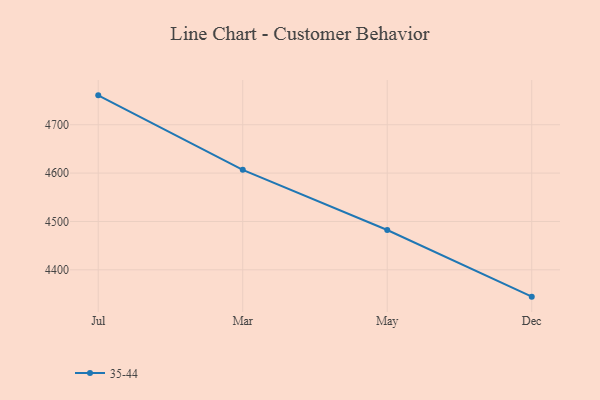
{"axis": {"x": "Month", "y": "Conversion Rate (%)"}, "legend": ["35-44"], "data": [{"x": "Jul", "y": 4760.8, "type": "35-44"}, {"x": "Mar", "y": 4606.7, "type": "35-44"}, {"x": "May", "y": 4482.3, "type": "35-44"}, {"x": "Dec", "y": 4344.5, "type": "35-44"}]}